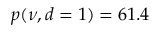
p ( \nu , d = 1 ) = 6 1 . 4 \